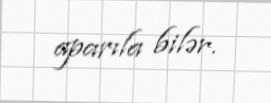
aparıla bilər.